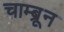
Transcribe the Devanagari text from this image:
चाम्ब्रून